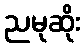
ညမုဆိုး